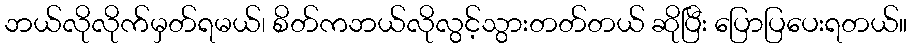
ဘယ်လိုလိုက်မှတ်ရမယ်၊ စိတ်ကဘယ်လိုလွင့်သွားတတ်တယ် ဆိုပြီး ပြောပြပေးရတယ်။